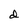
Character: d